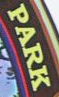
PARK